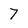
Character: 7